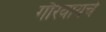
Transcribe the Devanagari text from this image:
गौरवायचे